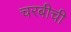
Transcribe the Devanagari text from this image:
चरबीची